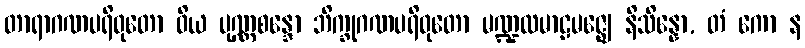
တာရာဂဏပရိဝုတော ဝိယ ပုဏ္ဏစန္ဒော ဘိက္ခုဂဏပရိဝုတော မဏ္ဍလမာဠမဇ္ဈေ နိသိန္နော, တံ ကော န